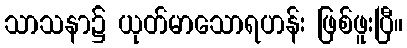
သာသနာ၌ ယုတ်မာသောရဟန်း ဖြစ်ဖူးပြီ။